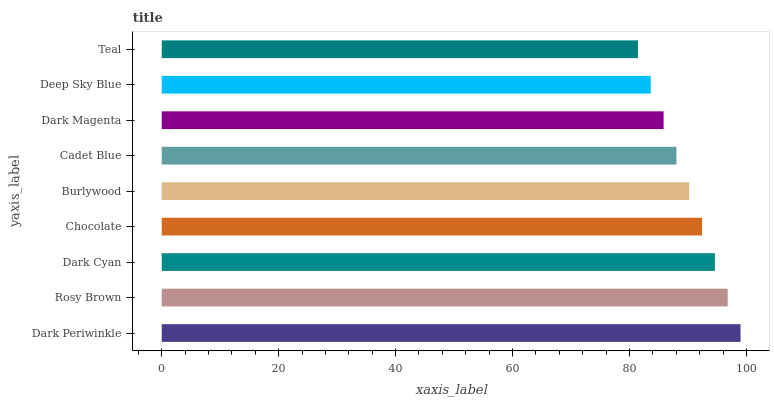
| yaxis_label | bars |
 | --- | --- |
 | Dark Periwinkle | 99 |
 | Rosy Brown | 96.8 |
 | Dark Cyan | 94.6 |
 | Chocolate | 92.4 |
 | Burlywood | 90.2 |
 | Cadet Blue | 88 |
 | Dark Magenta | 85.8 |
 | Deep Sky Blue | 83.6 |
 | Teal | 81.5 |